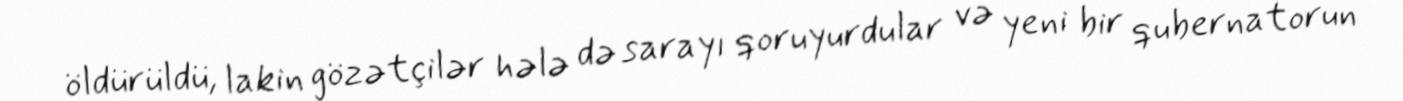
öldürüldü, lakin gözətçilər hələ də sarayı qoruyurdular və yeni bir qubernatorun